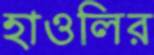
হাওলির